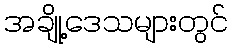
အချို့ဒေသများတွင်